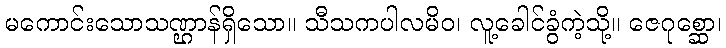
မကောင်းသောသဏ္ဌာန်ရှိသော။ သီသကပါလမိဝ၊ လူ့ခေါင်ခွံကဲ့သို့။ ဇေဂုစ္ဆော၊